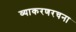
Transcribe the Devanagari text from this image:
व्याकरणरचना